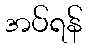
အပ်ရန်